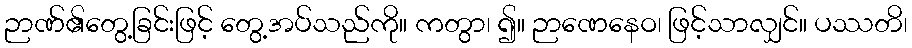
ဉာဏ်၏တွေ့ခြင်းဖြင့် တွေ့အပ်သည်ကို။ ကတွာ၊ ၍။ ဉာဏေနေဝ၊ ဖြင့်သာလျှင်။ ပဿတိ၊